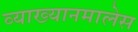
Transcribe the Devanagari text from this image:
व्याख्यानमालेस